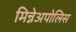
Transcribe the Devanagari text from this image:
मिन्नेअपोलिस